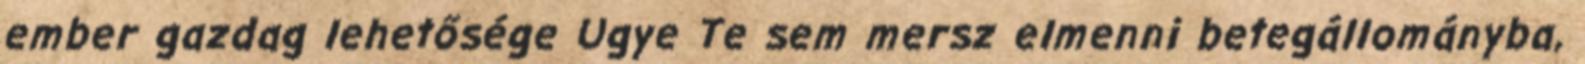
ember gazdag lehetősége Ugye Te sem mersz elmenni betegállományba,